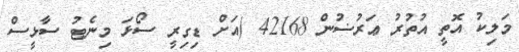
މަލިކު އޮތީ އުތުރު ޢަރުޟުން 42168 (އަށް ޑިގިރީ ސޯޅަ މިނެޓު ސާޅީސް